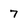
Character: 7